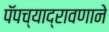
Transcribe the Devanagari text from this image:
पॅपच्याद्रावणाने